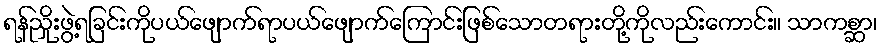
ရန်ညှိုးဖွဲ့ရခြင်းကိုပယ်ဖျောက်ရာပယ်ဖျောက်ကြောင်းဖြစ်သောတရားတို့ကိုလည်းကောင်း။ သာကစ္ဆာ၊